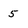
Character: 5